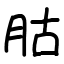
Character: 𦙶